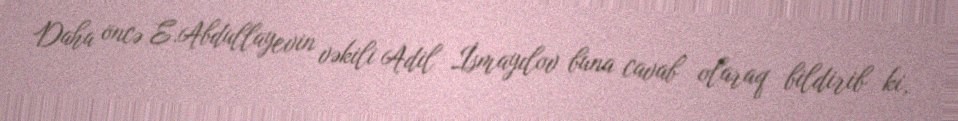
Daha öncə E.Abdullayevin vəkili Adil İsmayılov buna cavab olaraq bildirib ki,